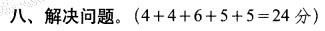
八、解决问题。$$( 4 + 4 + 6 + 5 + 5 = 2 4 分 )$$